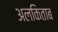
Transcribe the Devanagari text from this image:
अलकिताब